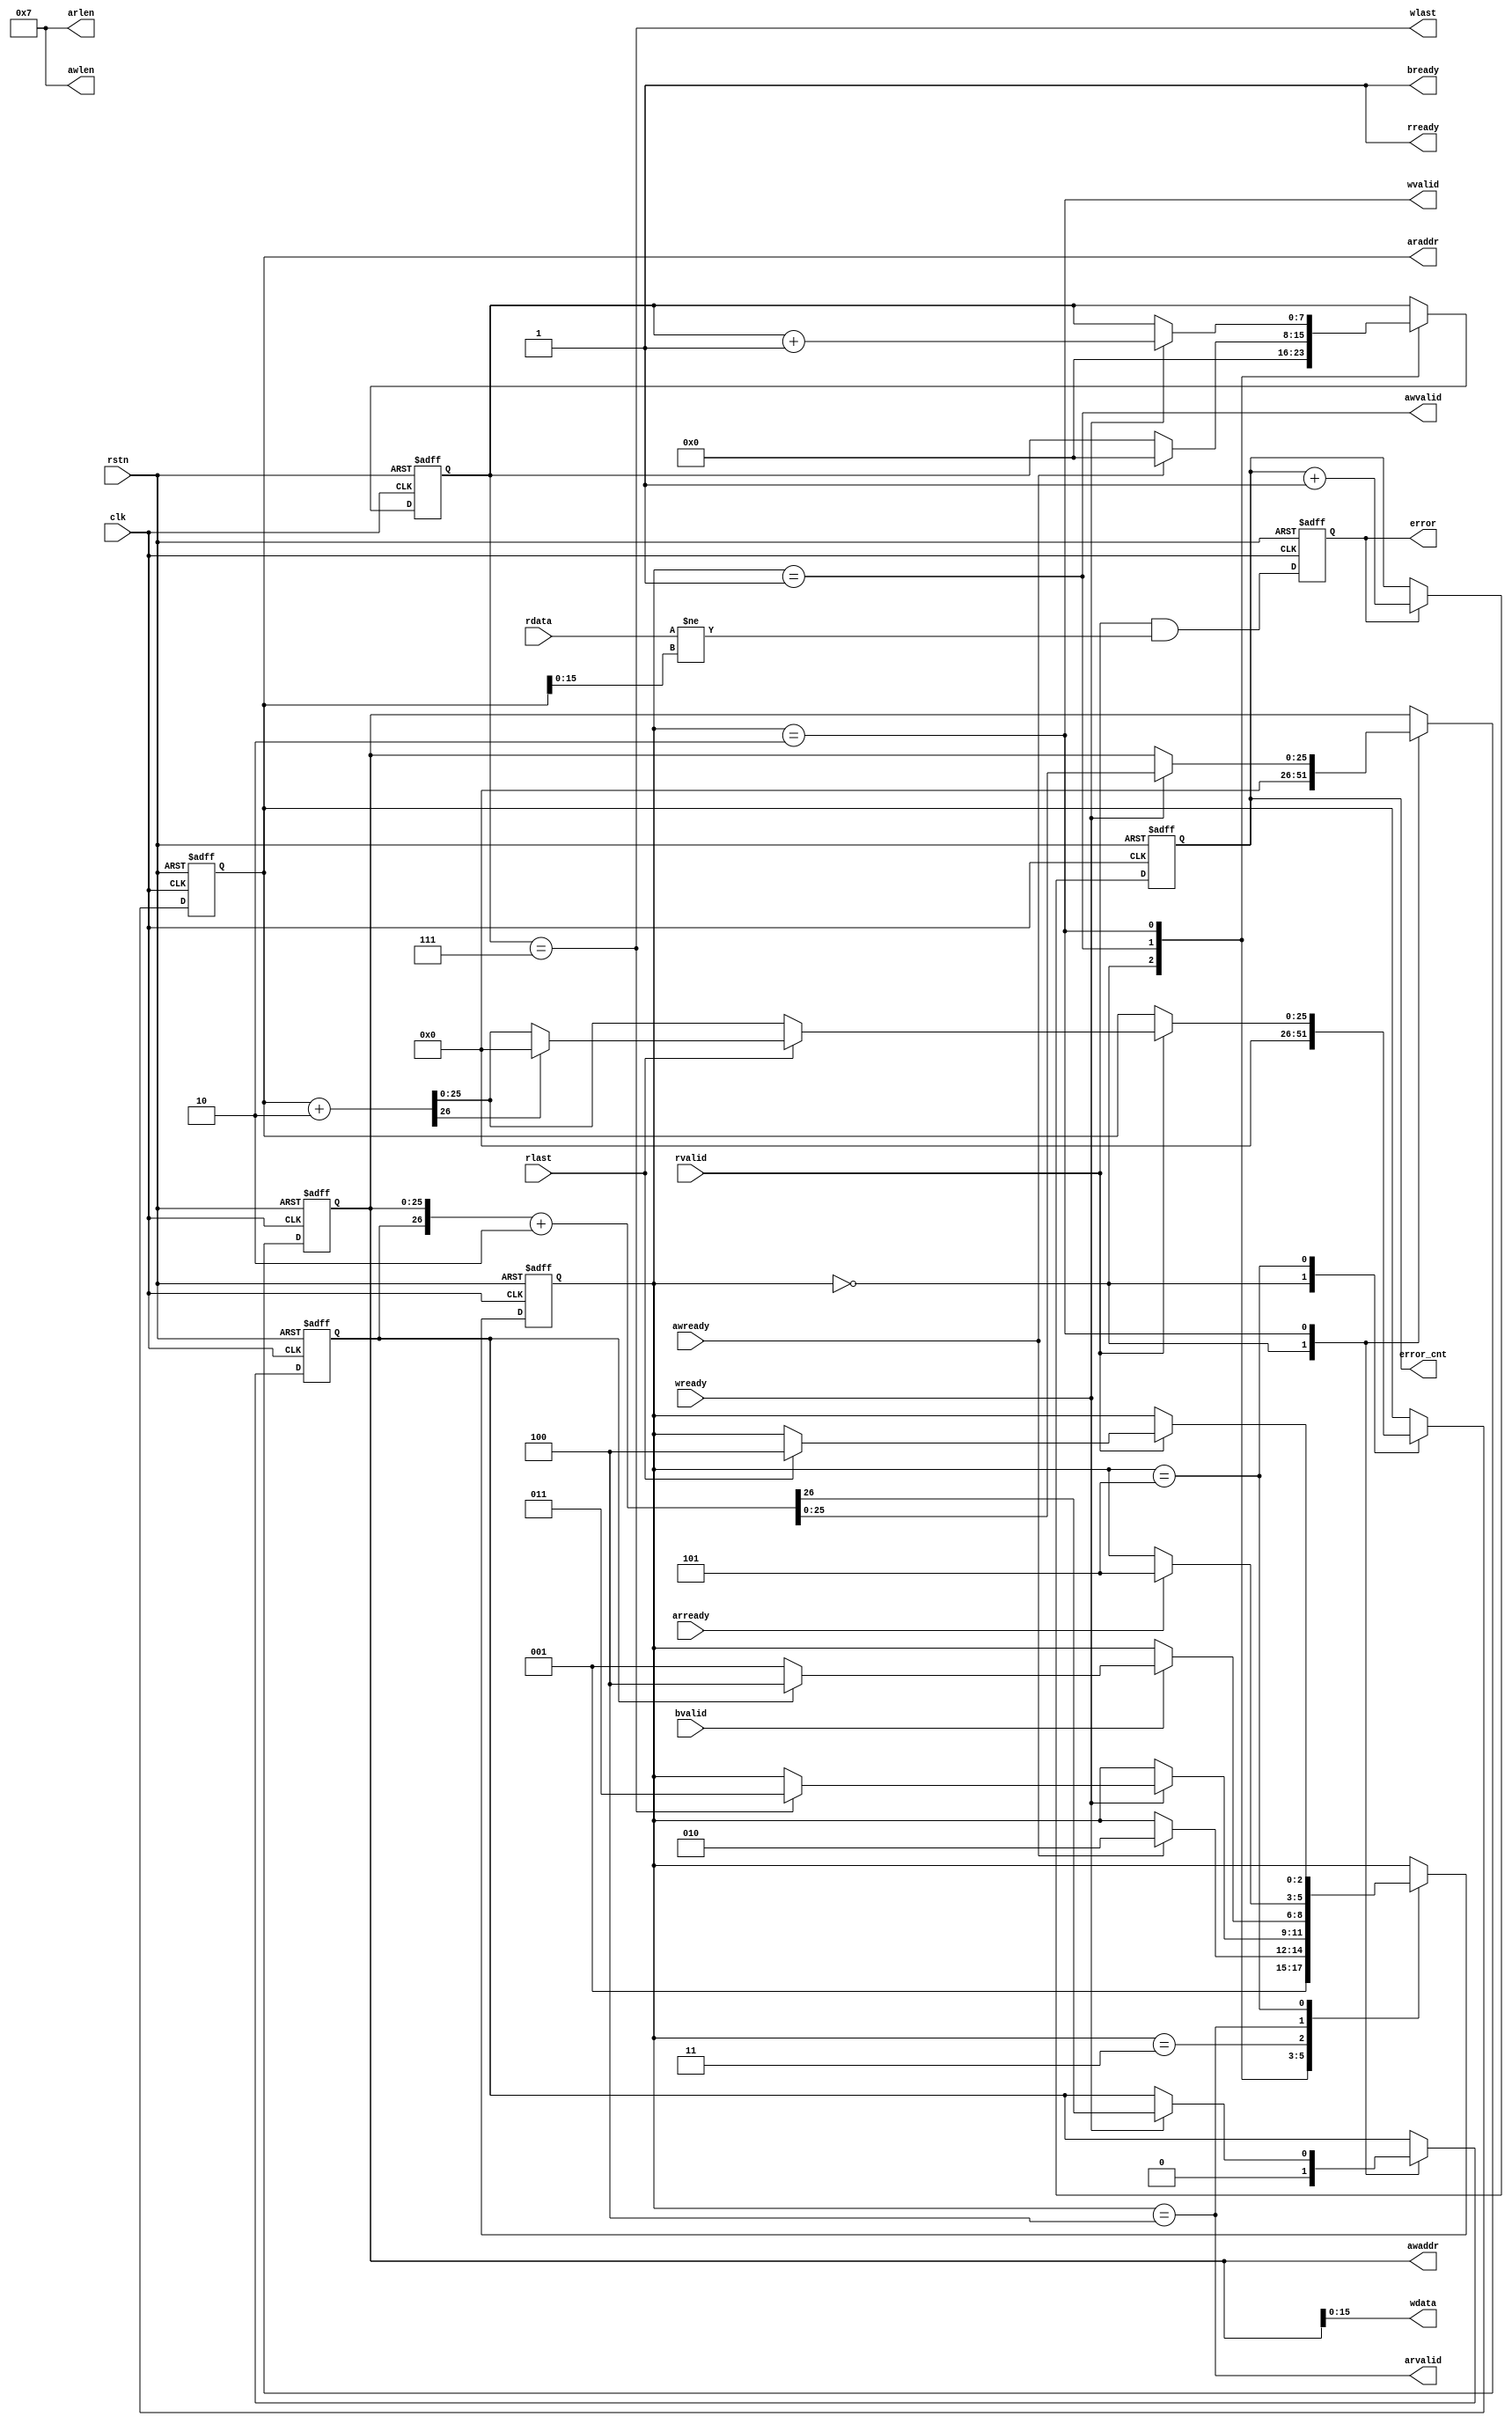
module axi_self_test_master #(
    parameter       A_WIDTH_TEST = 26,
    parameter       A_WIDTH      = 26,
    parameter       D_WIDTH      = 16,
    parameter       D_LEVEL      = 1,
    parameter [7:0] WBURST_LEN   = 8'd7,
    parameter [7:0] RBURST_LEN   = 8'd7
)(
    input  wire               rstn,
    input  wire               clk,
    output wire               awvalid,
    input  wire               awready,
    output reg  [A_WIDTH-1:0] awaddr,
    output wire [        7:0] awlen,
    output wire               wvalid,
    input  wire               wready,
    output wire               wlast,
    output wire [D_WIDTH-1:0] wdata,
    input  wire               bvalid,
    output wire               bready,
    output wire               arvalid,
    input  wire               arready,
    output reg  [A_WIDTH-1:0] araddr,
    output wire [        7:0] arlen,
    input  wire               rvalid,
    output wire               rready,
    input  wire               rlast,
    input  wire [D_WIDTH-1:0] rdata,
    output reg                error,
    output reg  [       15:0] error_cnt
);


initial {awaddr, araddr} = 0;
initial {error, error_cnt} = 0;

wire       aw_end;
reg        awaddr_carry = 1'b0;
reg  [7:0] w_cnt = 8'd0;

localparam [2:0] INIT = 3'd0,
                 AW   = 3'd1,
                 W    = 3'd2,
                 B    = 3'd3,
                 AR   = 3'd4,
                 R    = 3'd5;

reg [2:0] stat = INIT;

generate if(A_WIDTH_TEST<A_WIDTH)
    assign aw_end = awaddr[A_WIDTH_TEST];
else
    assign aw_end = awaddr_carry;
endgenerate

assign awvalid = stat==AW;
assign awlen = WBURST_LEN;
assign wvalid = stat==W;
assign wlast = w_cnt==WBURST_LEN;
assign wdata = awaddr;
assign bready = 1'b1;
assign arvalid = stat==AR;
assign arlen = RBURST_LEN;
assign rready = 1'b1;

localparam [A_WIDTH:0] ADDR_INC = (1<<D_LEVEL);
wire [A_WIDTH:0] araddr_next = {1'b0,araddr} + ADDR_INC;

always @ (posedge clk or negedge rstn)
    if(~rstn) begin
        {awaddr_carry, awaddr} <= 0;
        w_cnt <= 8'd0;
        araddr <= 0;
        stat <= INIT;
    end else begin
        case(stat)
            INIT: begin
                {awaddr_carry, awaddr} <= 0;
                w_cnt <= 8'd0;
                araddr <= 0;
                stat <= AW;
            end
            AW: if(awready) begin
                w_cnt <= 8'd0;
                stat <= W;
            end
            W: if(wready) begin
                {awaddr_carry, awaddr} <= {awaddr_carry, awaddr} + ADDR_INC;
                w_cnt <= w_cnt + 8'd1;
                if(wlast)
                    stat <= B;
            end
            B: if(bvalid) begin
                stat <= aw_end ? AR : AW;
            end
            AR: if(arready) begin
                stat <= R;
            end
            R: if(rvalid) begin
                araddr <= araddr_next[A_WIDTH-1:0];
                if(rlast) begin
                    stat <= AR;
                    if(araddr_next[A_WIDTH_TEST])
                        araddr <= 0;
                end
            end
        endcase
    end

// ------------------------------------------------------------
//  read and write mismatch detect
// ------------------------------------------------------------
wire [D_WIDTH-1:0] rdata_idle = araddr;

always @ (posedge clk or negedge rstn)
    if(~rstn) begin
        error <= 1'b0;
        error_cnt <= 16'd0;
    end else begin
        error <= rvalid && rready && rdata!=rdata_idle;
        if(error)
            error_cnt <= error_cnt + 16'd1;
    end

endmodule